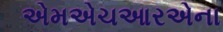
એમએચઆરએના